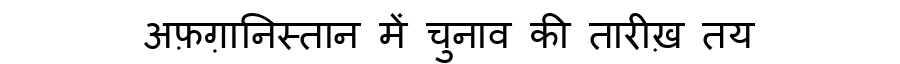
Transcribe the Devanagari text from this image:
अफ़ग़ानिस्तान में चुनाव की तारीख़ तय